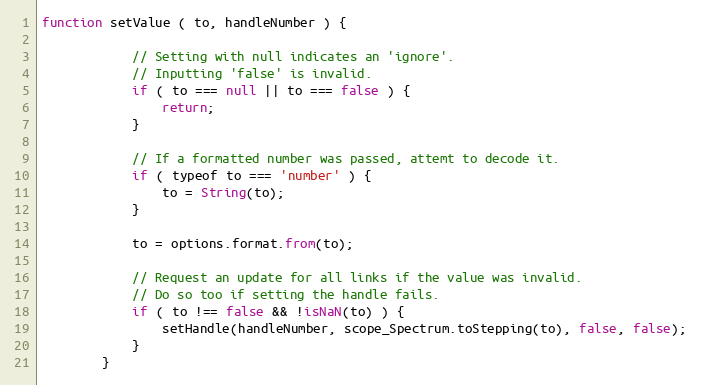
Language: JavaScript
function setValue ( to, handleNumber ) {

            // Setting with null indicates an 'ignore'.
            // Inputting 'false' is invalid.
            if ( to === null || to === false ) {
                return;
            }

            // If a formatted number was passed, attemt to decode it.
            if ( typeof to === 'number' ) {
                to = String(to);
            }

            to = options.format.from(to);

            // Request an update for all links if the value was invalid.
            // Do so too if setting the handle fails.
            if ( to !== false && !isNaN(to) ) {
                setHandle(handleNumber, scope_Spectrum.toStepping(to), false, false);
            }
        }